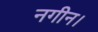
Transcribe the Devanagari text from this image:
नगीन।